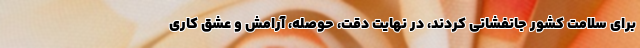
برای سلامت کشور جانفشانی کردند، در نهایت دقت، حوصله، آرامش و عشق کاری